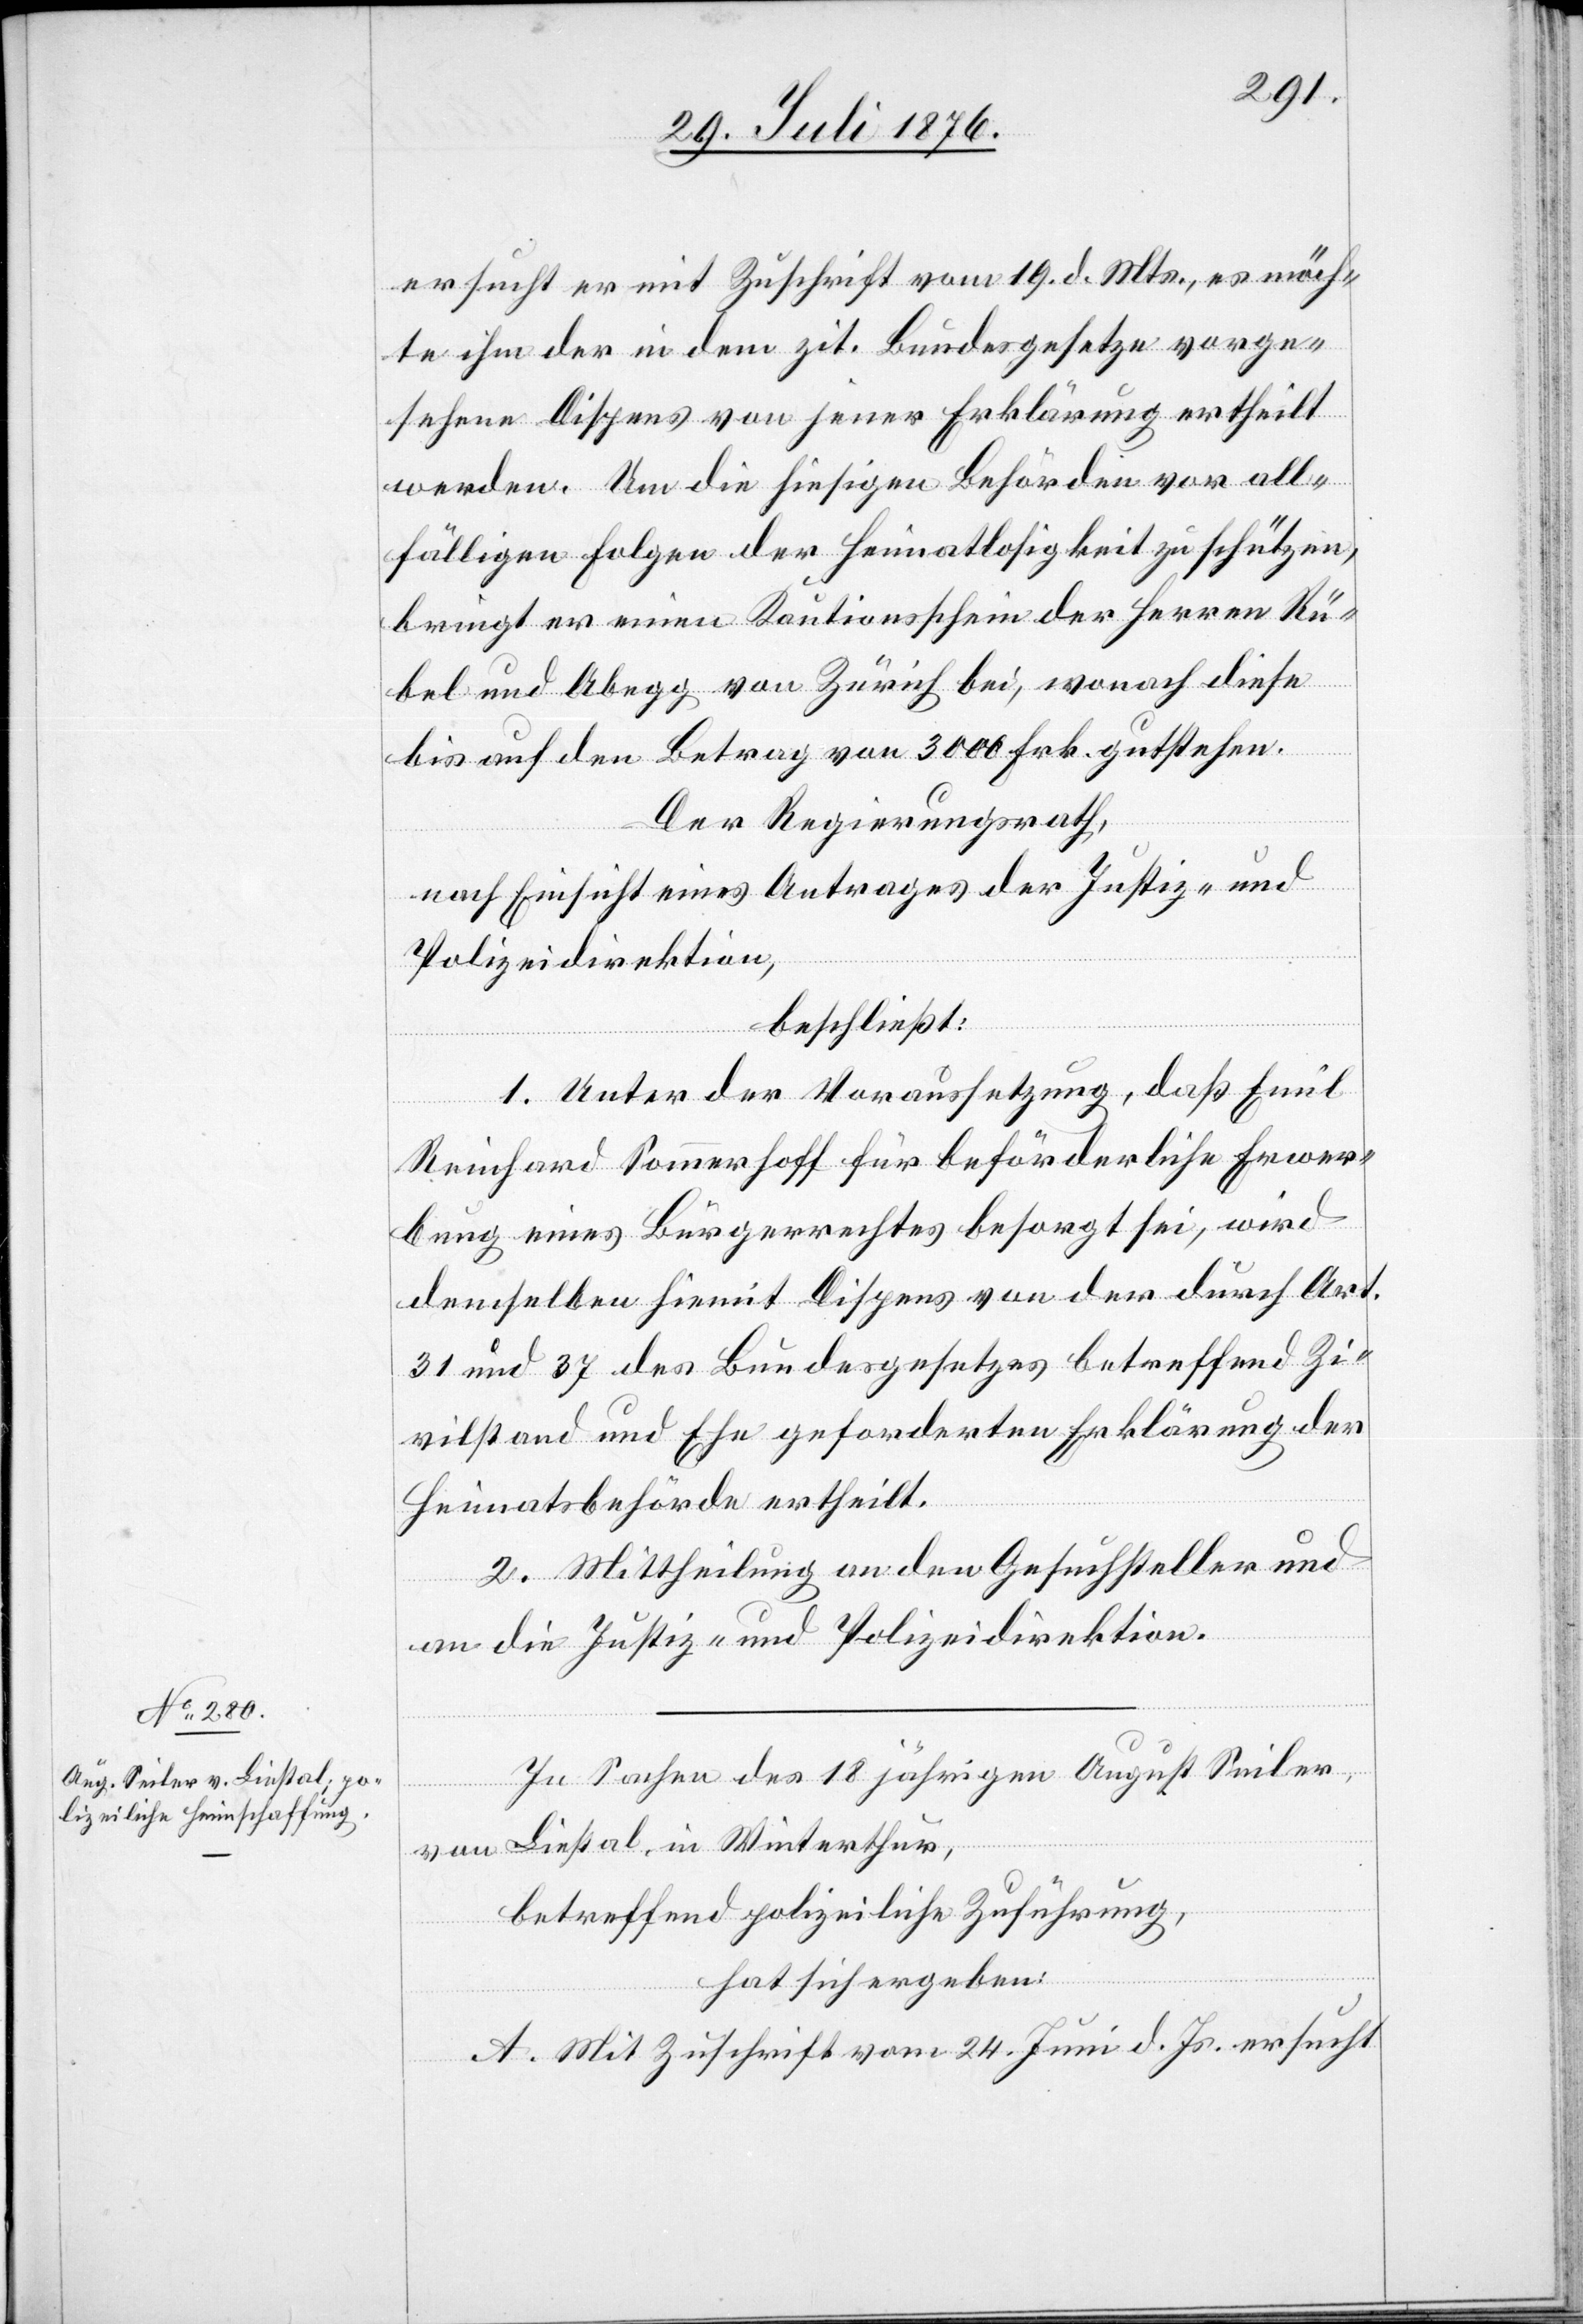
ersucht er mit Zuschrift vom 19. d. Mts., es möch¬
te ihm der in dem zit. Bundesgesetze vorge¬
sehene Dispens von jener Erklärung ertheilt
werden. Um die hiesigen Behörden vor all¬
fälligen Folgen der Heimatlosigkeit zu schützen,
bringt er einen Kautionsschein der Herren Rü¬
bel und Abegg von Zürich bei, wonach diese
bis auf den Betrag von 3000 Frk. gutstehen.
Der Regierungsrath,
nach Einsicht eines Antrages der Justiz- und
Polizeidirektion,
beschließt:
1. Unter der Voraussetzung, das Emil
Reinhard Sommerhoff für beförderliche Erwer¬
bung eines Bürgerrechtes besorgt sei, wird
demselben hiemit Dispens von der durch Art.
31 und 37 des Bundesgesetzes betreffend Zi¬
vilstand und Ehe geforderten Erklärung der
Heimatsbehörde ertheilt.
2. Mittheilung an den Gesuchsteller und
an die Justiz- und Polizeidirektion.
In Sachen des 18jährigen August Seiler,
von Liestal, in Winterthur,
betreffend polizeiliche Zuführung,
hat sich ergeben:
A. Mit Zuschrift vom 24. Juni d. Js. ersucht